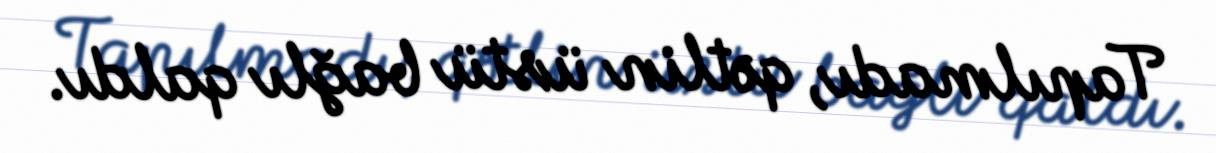
Tapılmadı, qətlin üstü bağlı qaldı.